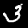
Digit: 3